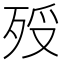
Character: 𣧶